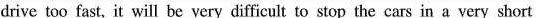
drive too fast,it will be very difficult to stop the cars in a very short